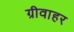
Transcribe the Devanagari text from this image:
ग्रीवाहर